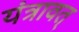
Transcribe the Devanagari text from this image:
यंत्रावत्